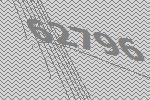
62796